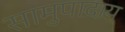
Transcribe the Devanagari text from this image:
सामुपादाय